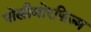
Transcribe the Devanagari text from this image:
पोलीमोरफिज्म